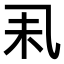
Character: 𠃥